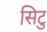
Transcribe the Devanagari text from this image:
सिटु